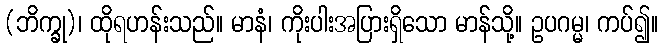
(ဘိက္ခု)၊ ထိုရဟန်းသည်။ မာနံ၊ ကိုးပါးအပြားရှိသော မာန်သို့။ ဥပဂမ္မ၊ ကပ်၍။